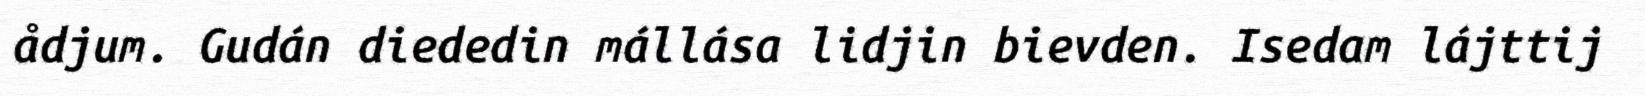
ådjum. Gudán diededin mállása lidjin bievden. Isedam lájttij